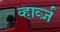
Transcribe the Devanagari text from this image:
व्हार्व्ज़